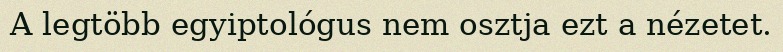
A legtöbb egyiptológus nem osztja ezt a nézetet.